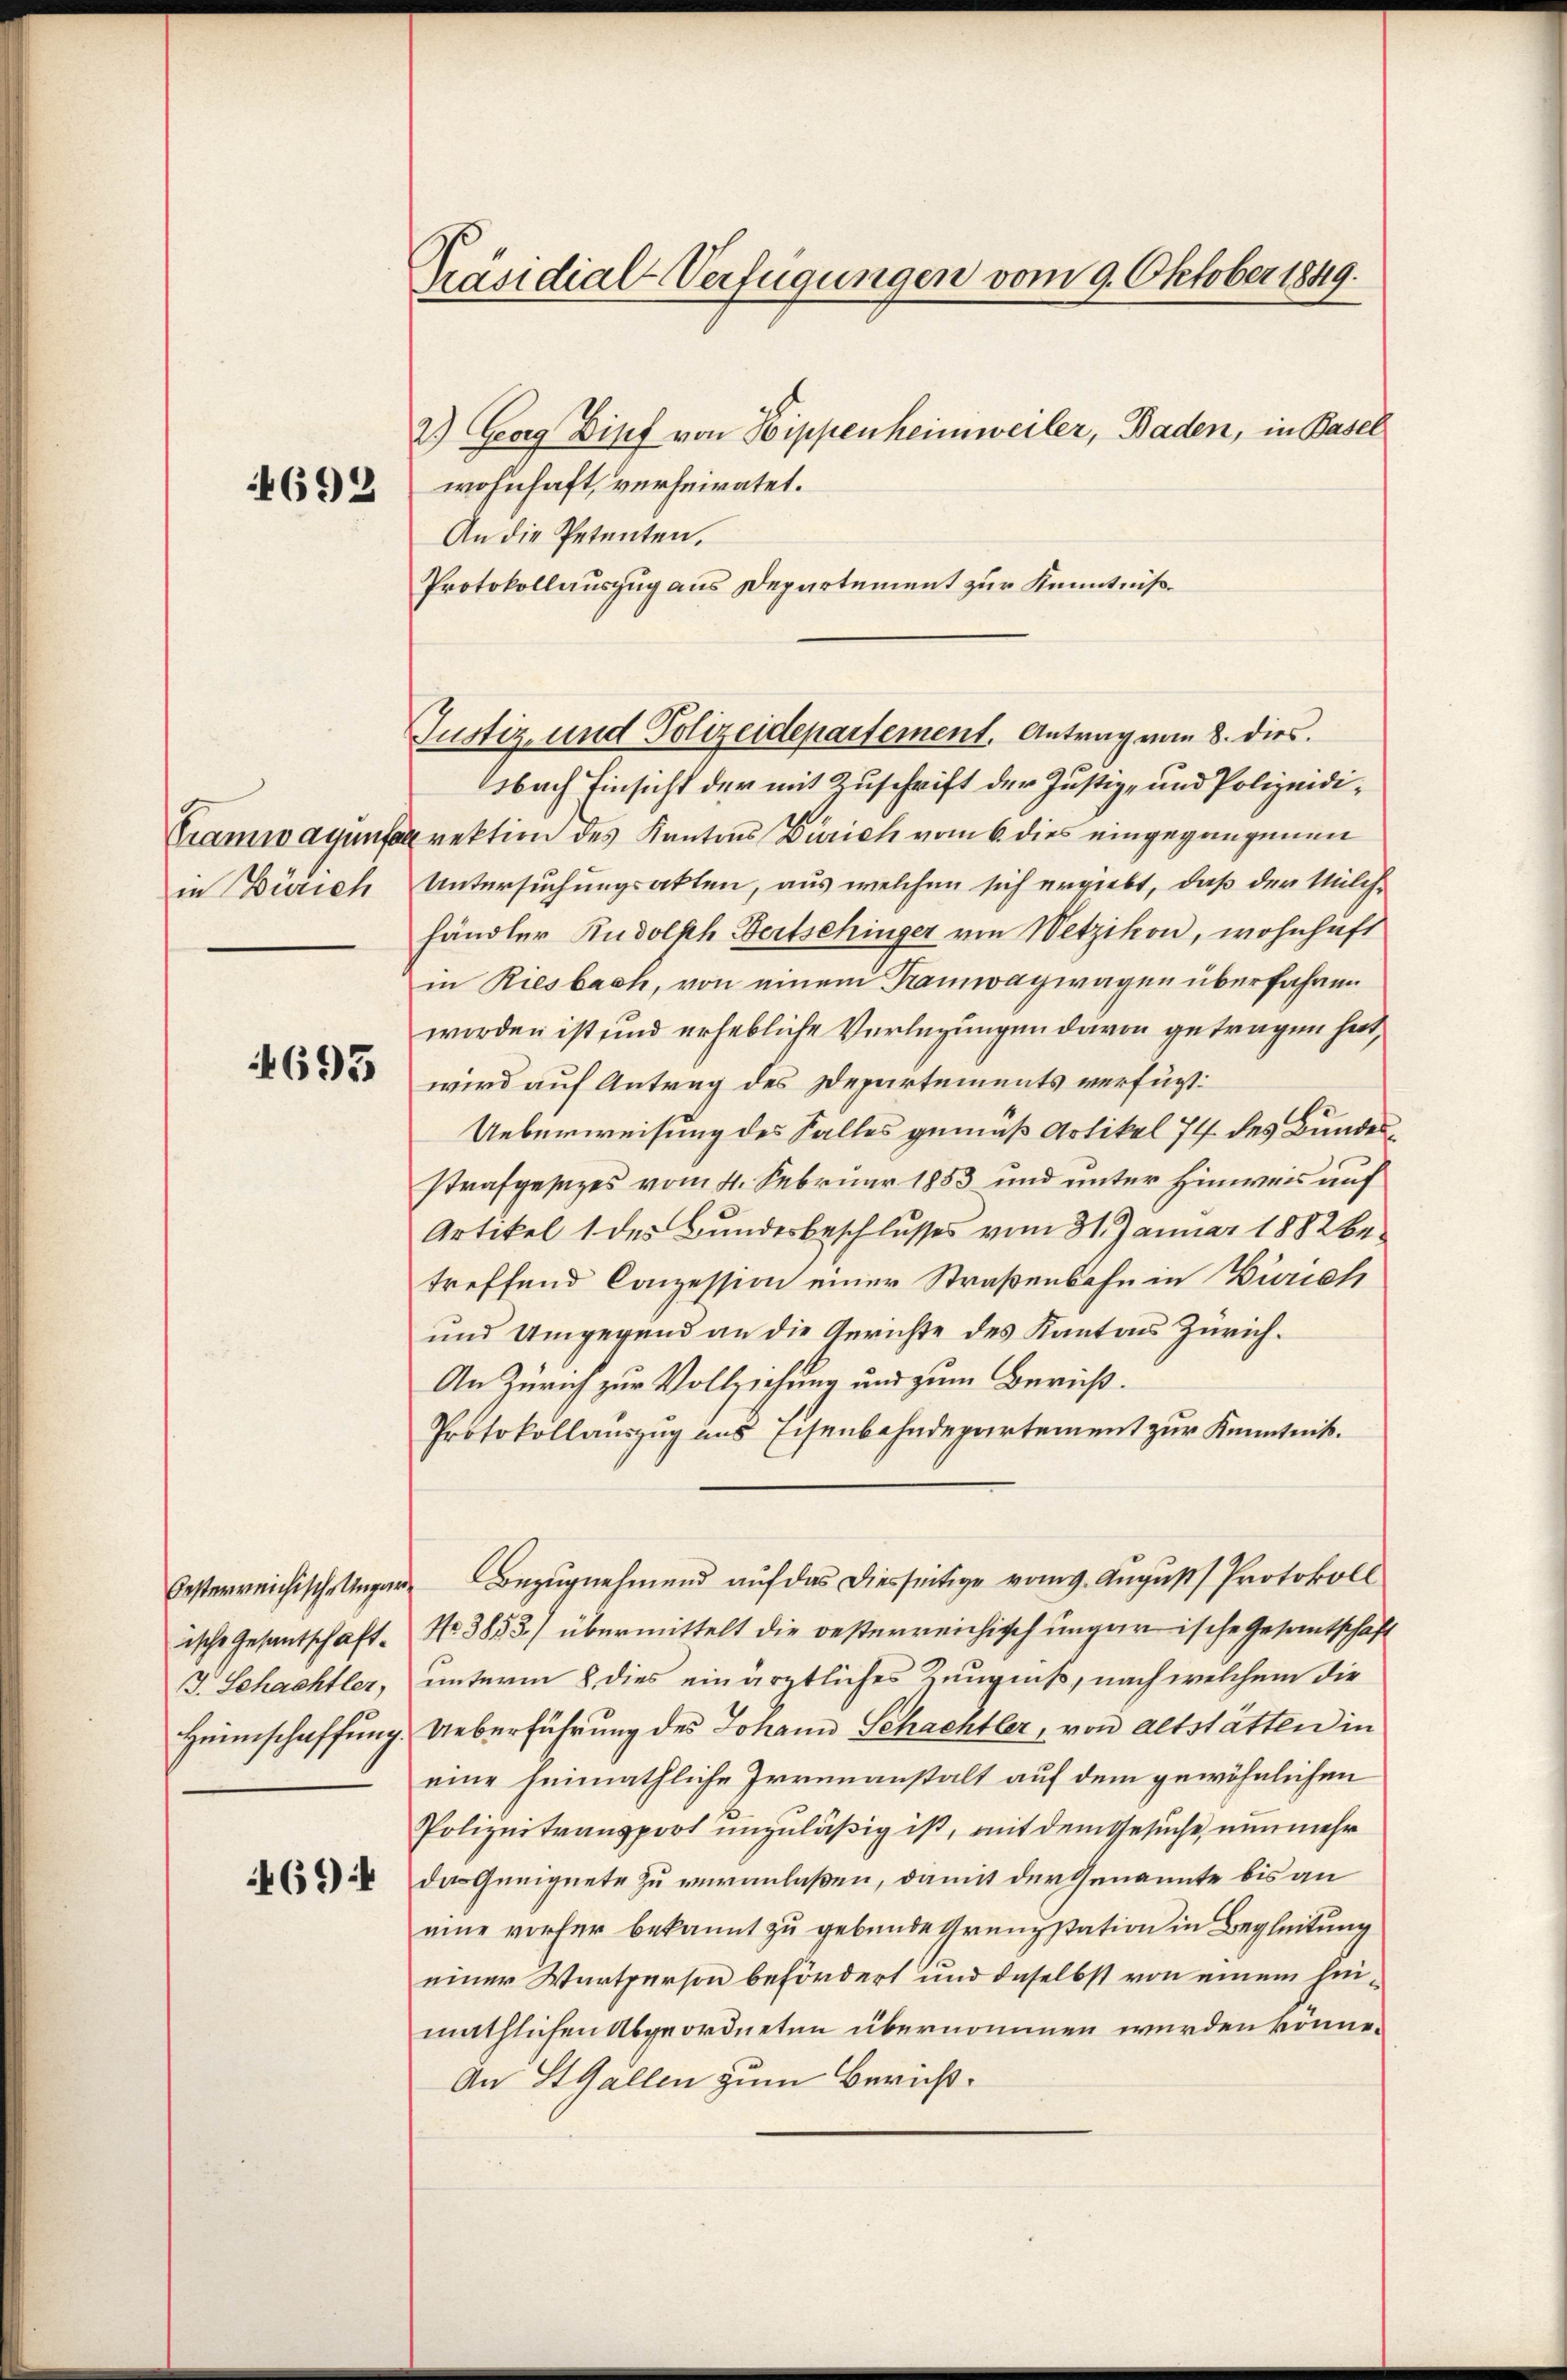
4692

in Zürich

695

ische Gesantschaft¬
Heimschaffung.

4694

Präsidial-Verfügungen vom 9. Oktober 1849.

2.) Georg Zipf von Hippenheimweiler, Baden, in Basel
wohnhaft, verheiratet.
An die Petenten.
Protokollauszug aus Departement zur Kenntnißbach Einsicht der mit Zuschrift der Justiz- und Polizeidi¬
Tramwayunferektion des Kantons Zürich vom 6. dies eingegangenen
Untersuchungsakten, aus welchen sich ergiebt, daß der Milch-
händler Rudolph Bertschinger von Wetzikon, wohnhaft
in Riesbach, von einem Tramwagwagen überfahren
worden ist und erhebliche Verlegungen davon getragen hat,
wird auf Antrag des Departements verfügt:
Ueberweisung des Falles gemäß Artikel 74 des Bundesstrafgesezes vom 4. Februar 1853 und unter Hinweis auf
Artikel 1 des Bundesbeschlusses vom 31. Januar 1882 be
treffend Conzession einer Straßenbahn in Zürich
und Umgegend an die Anrichte des Kantons Zürich.
An Zürich zur Vollziehung und zum Bericht.
Protokollauszug uns Eisenbahndepartement zur Kenntniß.
besterreichische Ungar. Bezugnehmend auf das Diesseitige vom 9. August Protokoll
Nr. 3853) übermittelt die oesterreichisch ungarische Gesamtschaft
J. Schachtler, unterm 8. dies ein ärztliches Zeugniß, nach welchem die
Ueberführung des Johann Schachtler, von Altstatten in
eine heimathliche Irrenanstalt auf dem gewöhnlichen
Polizeitransport unzuläßig ist, mit dem Gesuche, nunmehr
das Geeignete zu veranlaßen, damit der Genannte bis an
eine vorher bekannt zu gebunde Grenzstation in Begleitung
einer Wartperson befördert und daselbst von einem hinmäthlichen Abgeordneten übernommen werden könne.
An StGallen zum Bericht.

Justiz- und Polizeidepartement. Antrag von 8. dies